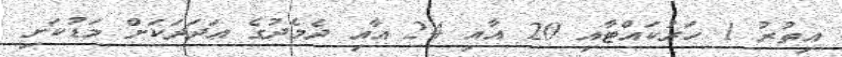
އިތުރު 1 ހަރުކައްޓާއި 20 އާއި 24 އާއި ދެމެދުގެ އަދަދަަކަށް މަޑުކަށި